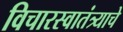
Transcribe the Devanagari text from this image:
विचारस्वातंत्र्याचे